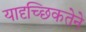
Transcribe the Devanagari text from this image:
यादृच्छिकतेने